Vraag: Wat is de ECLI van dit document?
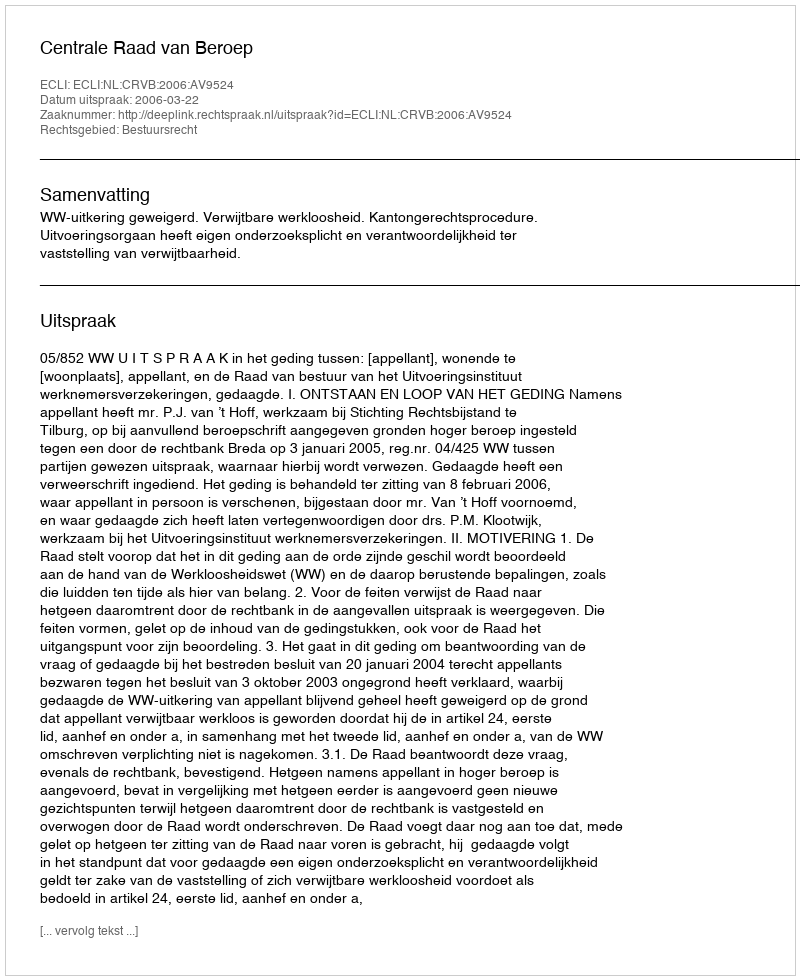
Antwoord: ECLI:NL:CRVB:2006:AV9524